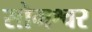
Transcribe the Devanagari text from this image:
सोमश्वर